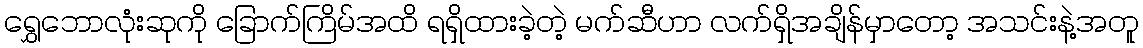
ရွှေဘောလုံးဆုကို ခြောက်ကြိမ်အထိ ရရှိထားခဲ့တဲ့ မက်ဆီဟာ လက်ရှိအချိန်မှာတော့ အသင်းနဲ့အတူ